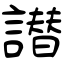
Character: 譛